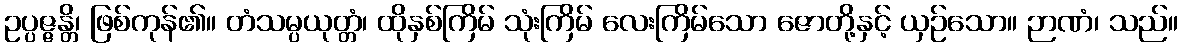
ဥပ္ပဇ္ဇန္တိ၊ ဖြစ်ကုန်၏။ တံသမ္ပယုတ္တံ၊ ထိုနှစ်ကြိမ် သုံးကြိမ် လေးကြိမ်သော ဇောတို့နှင့် ယှဉ်သော။ ဉာဏံ၊ သည်။